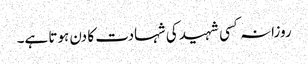
روزانہ کسی شہید کی شہادت کا دن ہوتا ہے۔